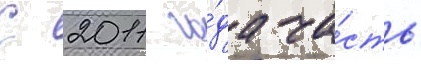
С 2011 го́да ча́сть